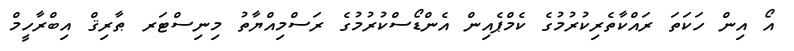
އޯ އިން ހަކަތަ ރައްކާތެރިކުރުމުގެ ކެމްޕެއިން އެންޑޯސްކުރުމުގެ ރަސްމިއްޔާތު މިނިސްޓަރ ޠާރިޤް އިބްރާހީމް